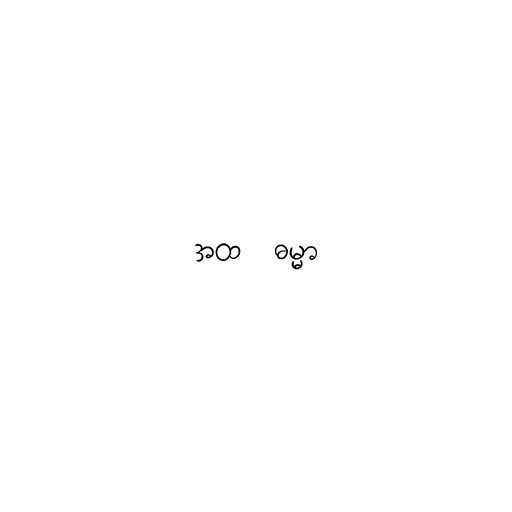
အထ  ဓမ္မာ